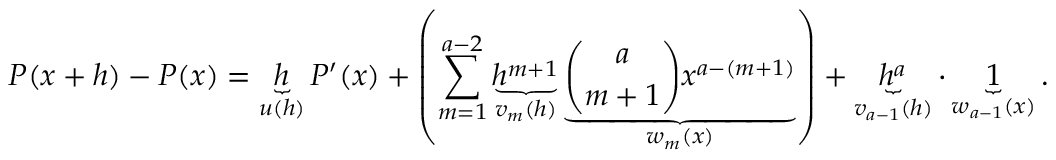
P ( x + h ) - P ( x ) = \underbrace { h } _ { u ( h ) } P ^ { \prime } ( x ) + \left( \sum _ { m = 1 } ^ { a - 2 } \underbrace { h ^ { m + 1 } } _ { v _ { m } ( h ) } \underbrace { \binom { a } { m + 1 } x ^ { a - ( m + 1 ) } } _ { w _ { m } ( x ) } \right) + \underbrace { h ^ { a } } _ { v _ { a - 1 } ( h ) } \cdot \underbrace { 1 } _ { w _ { a - 1 } ( x ) } .